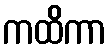
ကထိကာ